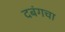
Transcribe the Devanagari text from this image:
दबंगचा